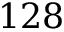
1 2 8